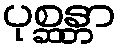
ပုစ္ဆန္တာ